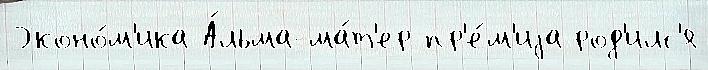
Эконо́м'ика А́льма-ма́т'ер пр'е́м'иjа род'илс'я